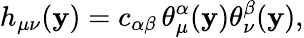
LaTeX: h_{\mu\nu}(\mathbf{y})=c_{\alpha\beta}\, \theta_{\mu}^{\alpha}(\mathbf{y})\theta_{\nu}^{\beta}(\mathbf{y}),